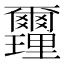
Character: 𨤻